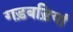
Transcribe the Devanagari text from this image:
गड़बड़ियां